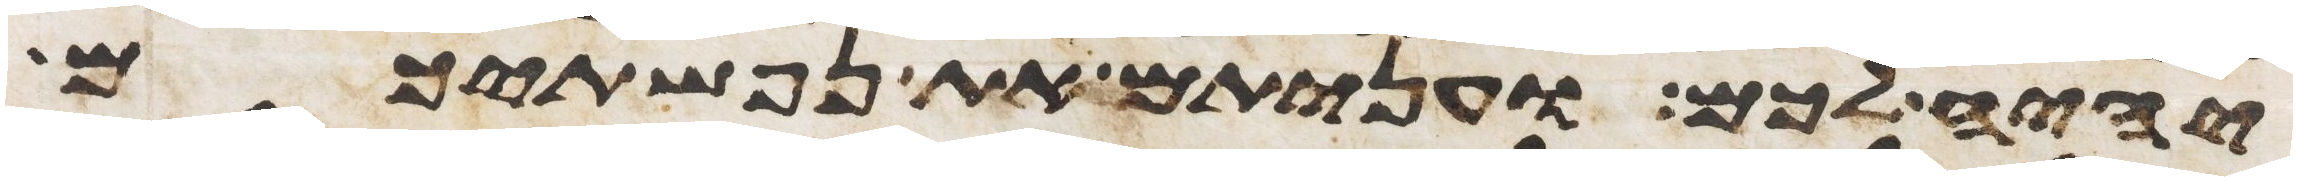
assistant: יהיה לכם ועניתם את נפשתיכם